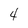
Character: 4